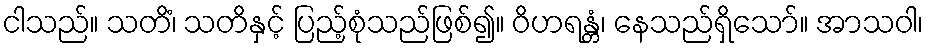
ငါသည်။ သတိံ၊ သတိနှင့် ပြည့်စုံသည်ဖြစ်၍။ ဝိဟရန္တံ၊ နေသည်ရှိသော်။ အာသဝါ၊